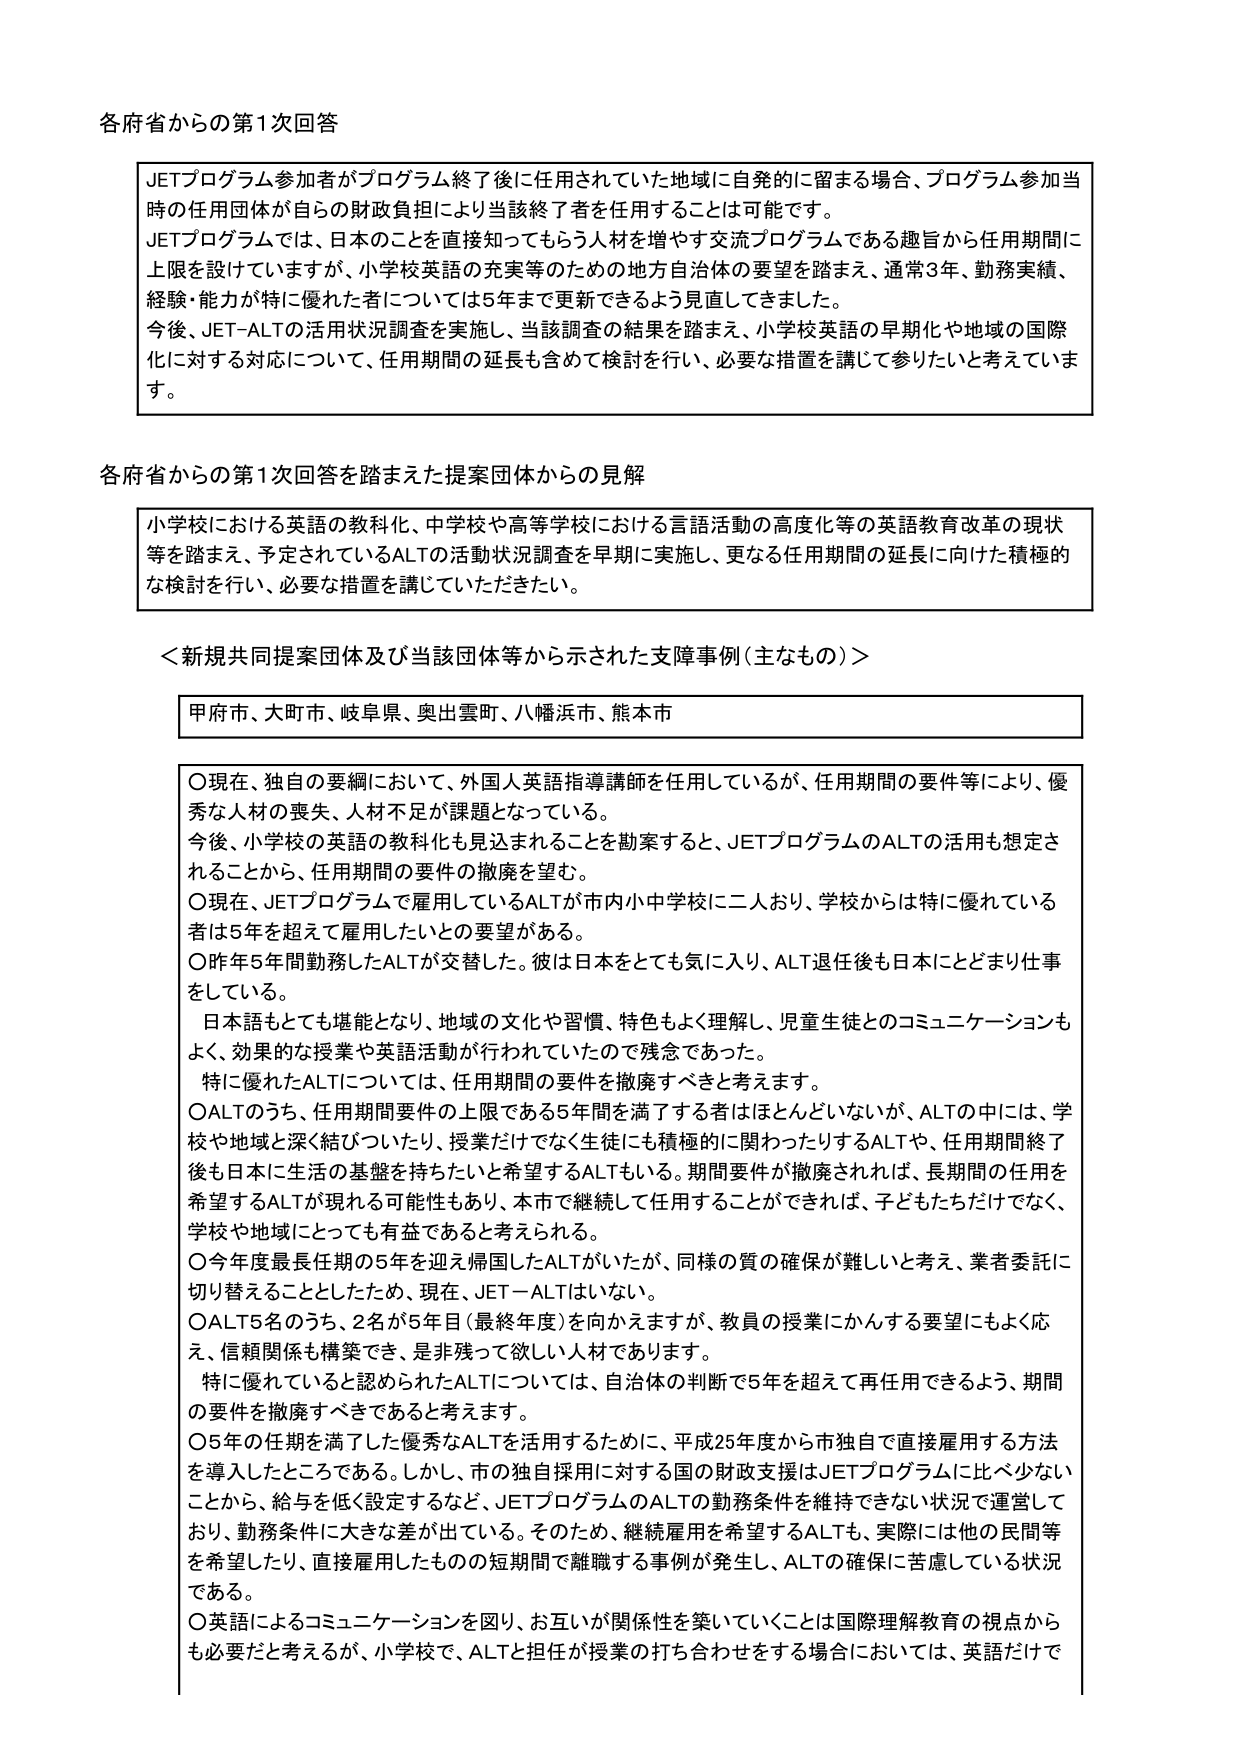
各府省からの第1次回答

JETプログラム参加者がプログラム終了後に任用されていた地域に自発的に留まる場合、プログラム参加当時の任用団体が自らの財政負担により当該終了者を任用することは可能です。
JETプログラムでは、日本のこと直接知ってもらう人材を増やす交流プログラムである趣旨から任用期間に上限を設けていますが、小学校英語の充実等のための地方自治体の要望を踏まえ、通常3年、勤務実績、経験・能力が特に優れた者については5年まで更新できるよう見直してきました。
今後、JET-ALTの活用状況調査を実施し、当該調査の結果を踏まえ、小学校英語の早期化や地域の国際化に対する対応について、任用期間の延長も含めて検討を行い、必要な措置を講じて参りたいと考えています。

各府省からの第1次回答を踏まえた提案団体からの見解

小学校における英語の教科化、中学校や高等学校における言語活動の高度化等の英語教育改革の現状等を踏まえ、予定されているALTの活動状況調査を早期に実施し、更なる任用期間の延長に向けた積極的な検討を行い、必要な措置を講じていただきたい。

＜新規共同提案団体及び当該団体等から示された支援事例（主なもの）＞

甲府市、大町市、岐阜県、奥出雲町、八幡浜市、熊本市

○現在、独自の要綱において、外国人英語指導講師を任用しているが、任用期間の要件等により、優秀な人材の喪失、人材不足が課題となっている。
今後、小学校の英語の教科化も見込まれることを勘案すると、JETプログラムのALTの活用も想定されることから、任用期間の要件の撤廃を望む。
○現在、JETプログラムで雇用しているALTが市内小中学校に二人おり、学校からは特に優れている者は5年を超えて雇用したいとの要望がある。
○昨年5年間勤務したALTが交替した。彼は日本をとても気に入り、ALT退任後も日本にとどまり仕事をしている。
日本語もとても堪能となり、地域の文化や習慣、特色もよく理解し、児童生徒とのコミュニケーションもよく、効果的な授業や英語活動が行われていたので残念であった。
特に優れたALTについては、任用期間の要件を撤廃すべきと考えます。
○ALTのうち、任用期間要件の上限である5年間を満了する者はほとんどないが、ALTの中には、学校や地域と深く結びついたり、授業だけでなく生徒にも積極的に関わったりするALTや、任用期間終了後も日本に生活の基盤を持ちたいと希望するALTもいる。期間要件が撤廃されれば、長期間の任用を希望するALTが現れる可能性もあり、本市で継続して任用することができれば、子どもたちだけでなく、学校や地域にとっても有益であると考えられる。
○今年度最長任期の5年を迎え帰国したALTがいたが、同様の質の確保が難しいと考え、業者委託に切り替えることとしたため、現在、JET－ALTはいない。
○ALT5名のうち、2名が5年目（最終年度）を向かえますが、教員の授業にかんする要望にもよく応え、信頼関係も構築でき、是非残って欲しい人材であります。
特に優れていると認められたALTについては、自治体の判断で5年を超えて再任用できるよう、期間の要件を撤廃すべきであると考えます。
○5年の任期を満了した優秀なALTを活用するために、平成25年度から市独自で直接雇用する方法を導入したところである。しかし、市の独自採用に対する国の財政支援はJETプログラムに比べ少ないことから、給与を低く設定するなど、JETプログラムのALTの勤務条件を維持できない状況で運営しており、勤務条件に大きな差が出ている。そのため、継続雇用を希望するALTも、実際には他の民間等を希望したり、直接雇用したものの短期間で離職する事例が発生し、ALTの確保に苦慮している状況である。
○英語によるコミュニケーションを図り、お互いが関係性を築いていくことは国際理解教育の視点からも必要だと考えるが、小学校で、ALTと担任が授業の打ち合わせをする場合においては、英語だけで